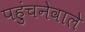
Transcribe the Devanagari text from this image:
पहुंचनेवाले